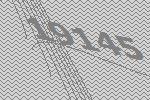
19145